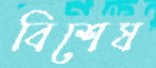
বিশেষ